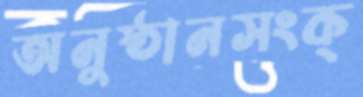
অনুষ্ঠানসংক্